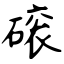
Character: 磙